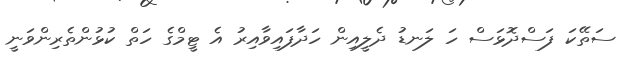
ސަތޭކަ ފަސްދޮޅަސް ހަ ލަނޑު ދެލީއިން ހަދާފައިވާއިރު އެ ޓީމްގެ ހަތް ކުޅުންތެރިންވަނީ